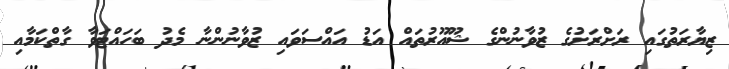
ޒިޔާރަތުގައި ރަށްރަށުގެ ޒުވާނުންގެ ޝޫއޫރުތައް އަޑު އައްސަވައި ޒުވާނުންނާ މެދު ބަހައްޓަވާ ގާތްކަމާއި